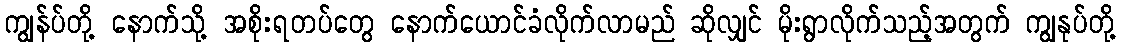
ကျွန်ပ်တို့ နောက်သို့ အစိုးရတပ်တွေ နောက်ယောင်ခံလိုက်လာမည် ဆိုလျှင် မိုးရွာလိုက်သည့်အတွက် ကျွနုပ်တို့